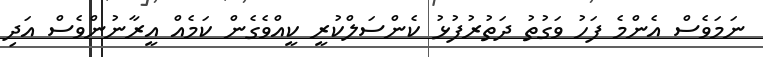
ނަމަވެސް އެންމެ ފަހު ވަގުތު ދަތުރުފުޅު ކެންސަލްކުރީ ކީއްވެގެން ކަމެއް އީރާނުންވެސް އަދި